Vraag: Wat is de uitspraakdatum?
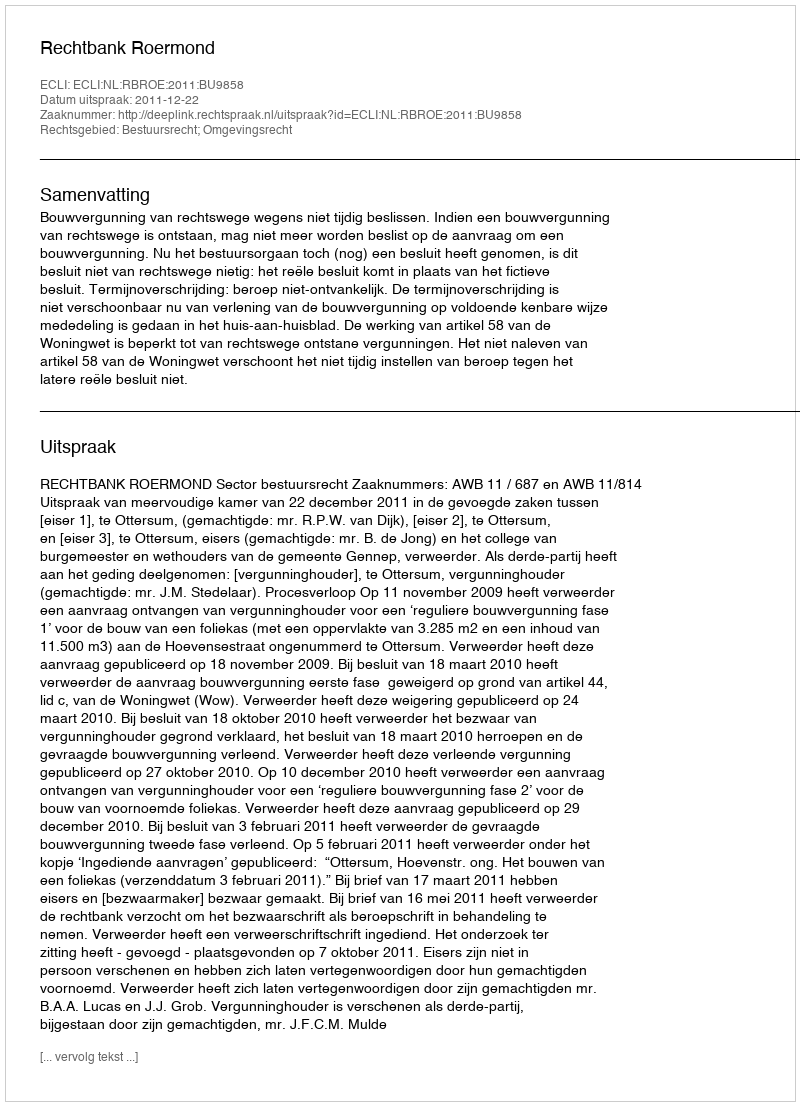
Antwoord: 2011-12-22